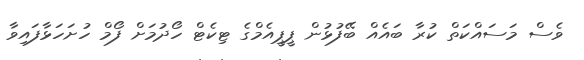
ވެސް މަސައްކަތް ކުރާ ބައެއް ބޭފުޅުން ޕީޕީއެމްގެ ޓިކެޓް ހޯދުމަށް ފޯމް ހުށަހަޅާފައިވާ